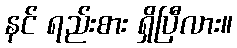
နင် ရည်းစား ရှိပြီလား။